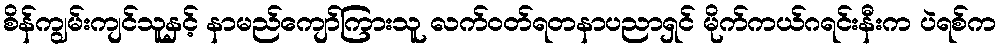
စိန်ကျွမ်းကျင်သူနှင့် နာမည်ကျော်ကြားသူ လက်ဝတ်ရတနာပညာရှင် မိုက်ကယ်ဂရင်းနီးက ပဲရစ်က